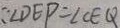
\because \angle D E P = \angle C E Q